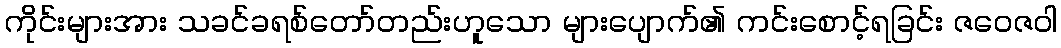
ကိုင်းများအား သခင်ခရစ်တော်တည်းဟူသော များပျောက်၏ ကင်းစောင့်ရခြင်း ဇဝေဇဝါ